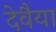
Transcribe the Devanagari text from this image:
देवैया